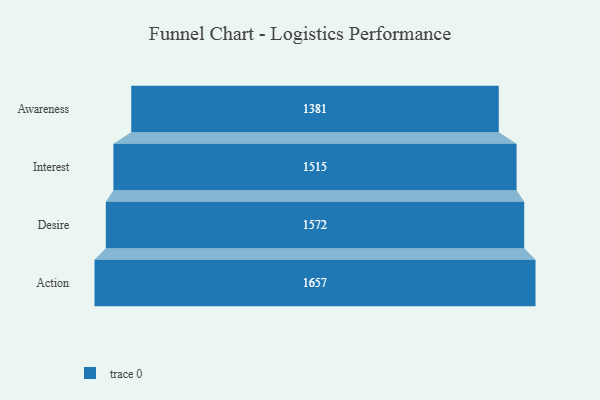
{"axis": {"x": "Stage", "y": "Value"}, "legend": [""], "data": [{"x": "Awareness", "y": 1381.0, "type": ""}, {"x": "Interest", "y": 1515.0, "type": ""}, {"x": "Desire", "y": 1572.0, "type": ""}, {"x": "Action", "y": 1657.0, "type": ""}]}